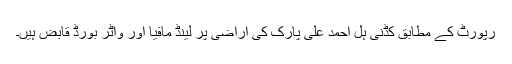
رپورٹ کے مطابق کڈنی ہل احمد علی پارک کی اراضی پر لینڈ مافیا اور واٹر بورڈ قابض ہیں۔